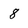
Character: 8